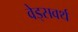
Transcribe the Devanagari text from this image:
वेड्सवर्थ